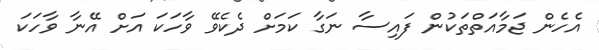
އެހެން ޖަމާއަތްތަކުން ފައިސާ ނަގާ ކަމަށް ދެކެވޭ ވާހަކަ އަށް އޭނާ ވާހަކަ